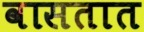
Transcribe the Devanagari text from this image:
वासतात